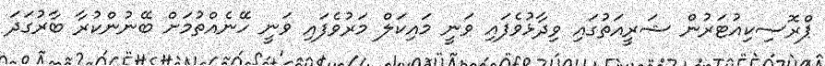
ޕްރޮސިކިއުޓަރުން ޝަރީއަތުގައި ވިދާޅުވެފައި ވަނީ މައިކަލް މަރުވެފައި ވަނީ ހޭނެއްތުމަށް ބޭނުންކުރާ ބާރުގަދަ